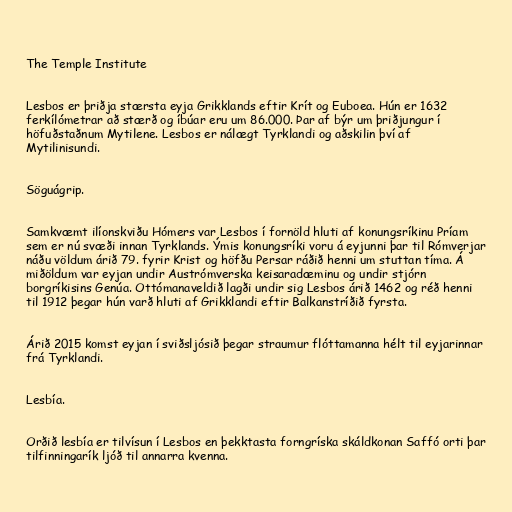
The Temple Institute

Lesbos er þriðja stærsta eyja Grikklands eftir Krít og Euboea. Hún er 1632
ferkílómetrar að stærð og íbúar eru um 86.000. Þar af býr um þriðjungur í
höfuðstaðnum Mytilene. Lesbos er nálægt Tyrklandi og aðskilin því af
Mytilinisundi.

Söguágrip.

Samkvæmt ilíonskviðu Hómers var Lesbos í fornöld hluti af konungsríkinu Príam
sem er nú svæði innan Tyrklands. Ýmis konungsríki voru á eyjunni þar til Rómverjar
náðu völdum árið 79. fyrir Krist og höfðu Persar ráðið henni um stuttan tíma. Á
miðöldum var eyjan undir Austrómverska keisaradæminu og undir stjórn
borgríkisins Genúa. Ottómanaveldið lagði undir sig Lesbos árið 1462 og réð henni
til 1912 þegar hún varð hluti af Grikklandi eftir Balkanstríðið fyrsta.

Árið 2015 komst eyjan í sviðsljósið þegar straumur flóttamanna hélt til eyjarinnar
frá Tyrklandi.

Lesbía.

Orðið lesbía er tilvísun í Lesbos en þekktasta forngríska skáldkonan Saffó orti þar
tilfinningarík ljóð til annarra kvenna.